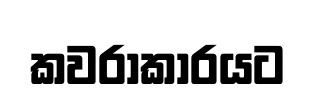
කවරාකාරයට